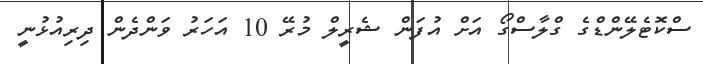
ސްކޮޓެލޭންޑްގެ ގްލާސްގޯ އަށް އުފަން ޝެރީލް މުރޭ 10 އަހަރު ވަންދެން ދިރިއުޅުނީ